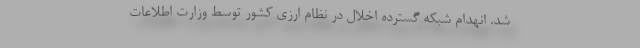
شد. انهدام شبکه گسترده اخلال در نظام ارزی کشور توسط وزارت اطلاعات